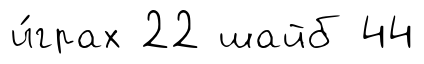
и́грах 22 шайб 44